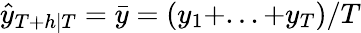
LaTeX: {\hat{y}}_{T+h|T}={\bar{y}}=(y_{1}+...+y_{T})/T